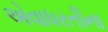
એવાધરતીના